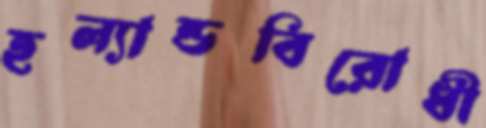
হল্যান্ডবিরোধী